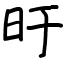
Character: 旴